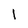
Character: 1